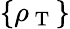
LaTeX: \{ \rho_{\mathrm{~T~}}\}